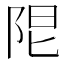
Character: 𨹎